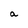
Character: a